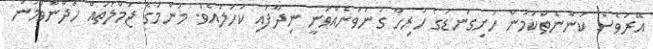
އޭރުވެސް ކަންނެތްކަމުން ހަށިގަނޑުގެ ހުރިހާ ގުނަވަނެއްވަނީ ނިދާފައި ކަހަލައެވެ. މަންމަގެ ޖުމްލަތައް ހަދާންވުމުން